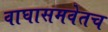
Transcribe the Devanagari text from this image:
वाघासमवेतच